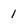
Character: 1